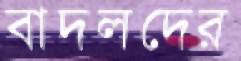
বাদলদের